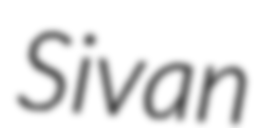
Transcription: Sivan